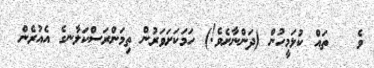
ވެ   ތައް ކުޅަމީހުން (ދަންނާށެވެ!) ހަމަކަށަވަރުން ތިމަންރަސްކަލާނގެ އެއުރެން